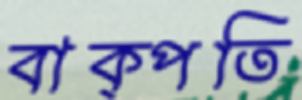
বাক্‌পতি